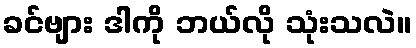
ခင်ဗျား ဒါကို ဘယ်လို သုံးသလဲ။